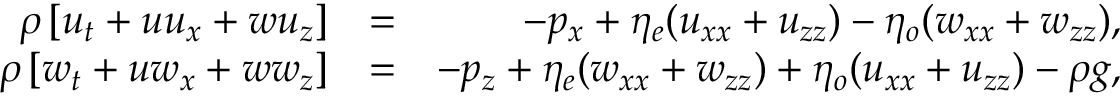
\begin{array} { r l r } { \rho \left[ u _ { t } + u u _ { x } + w u _ { z } \right] } & { = } & { - p _ { x } + \eta _ { e } ( u _ { x x } + u _ { z z } ) - \eta _ { o } ( w _ { x x } + w _ { z z } ) , } \\ { \rho \left[ w _ { t } + u w _ { x } + w w _ { z } \right] } & { = } & { - p _ { z } + \eta _ { e } ( w _ { x x } + w _ { z z } ) + \eta _ { o } ( u _ { x x } + u _ { z z } ) - \rho g , } \end{array}